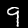
Digit: 9